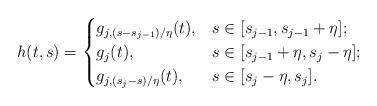
LaTeX: \begin{align*}h(t,s) = \begin{cases} g_{j,(s-s_{j-1})/\eta}(t), & s\in [s_{j-1},s_{j-1}+\eta]; \\g_j(t), & s\in [s_{j-1}+\eta,s_j-\eta]; \\g_{j,(s_j-s)/\eta}(t), & s\in [s_{j}-\eta,s_j]. \end{cases} \end{align*}